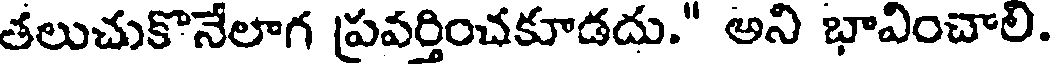
తలుచుకొనేలాగ ప్రవర్తించకూడదు." అని భావించాలి.